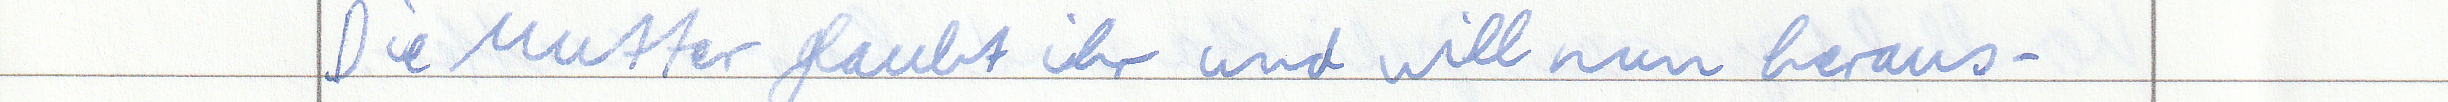
Die Mutter glaubt ihr und will nun heraus -